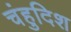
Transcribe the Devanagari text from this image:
चंहुदिश